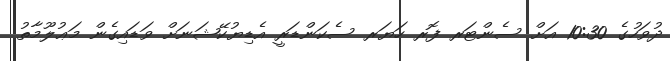
ދުވަހުގެ 10:30 އަށް ސެންޓަރ ފޮރ ހަޔަރ ސެކަންޑަރީ އެޑިޔުކޭޝަނަށް ވަޑައިގެން މަޢުލޫމާތު